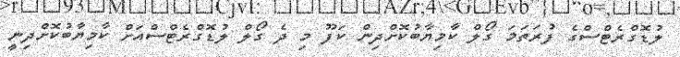
ލުޑޮގްރެޓްސްގެ ފުރަތަމަ ގޯލް ކާމިޔާބުކޮށްދިން ކަފޫ މި ދެ ގޯލް ލުޑޮގްރެޓްސްއަށް ކާމިޔާބުކޮށްދިނީ